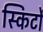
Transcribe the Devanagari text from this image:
स्किर्टों